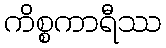
ကိစ္စကာရီဿ